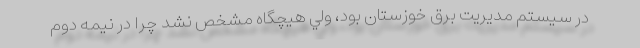
در سيستم مديريت برق خوزستان بود، ولي هيچگاه مشخص نشد چرا در نيمه دوم